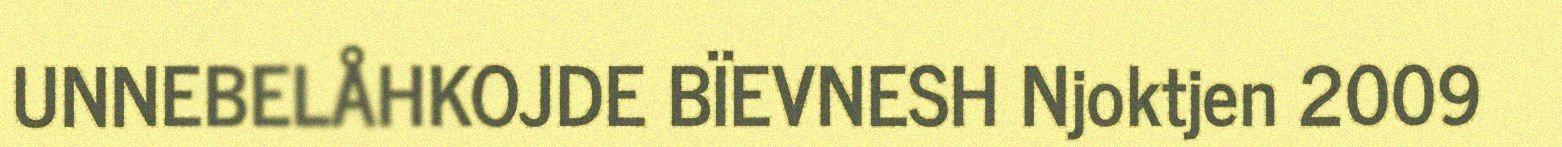
UNNEBELÅHKOJDE BÏEVNESH Njoktjen 2009